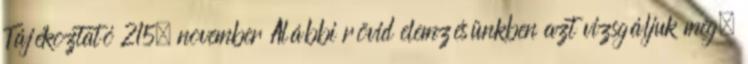
Tájékoztató 215. november Alábbi rövid elemzésünkben azt vizsgáljuk meg,